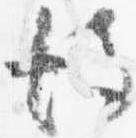
彼